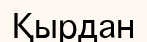
Қырдан